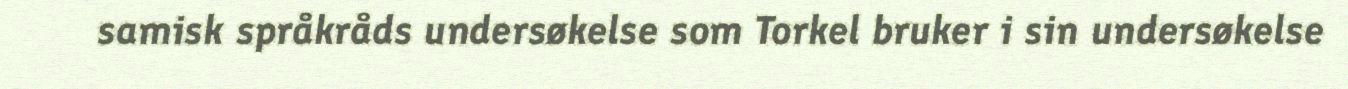
samisk språkråds undersøkelse som Torkel bruker i sin undersøkelse